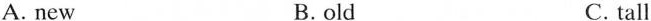
A.new B.old C.tall